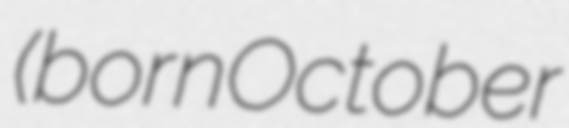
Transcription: (born October